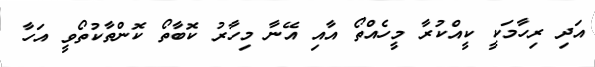
އަދި ރިހާމަކީ ކީއްކުރާ މީހެއްތޯ އާއި އޭނާ މިހާރު ކޮބާތޯ ކޮންތާކުތޯވީ އަހާ